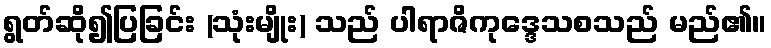
ရွတ်ဆို၍ပြခြင်း (သုံးမျိုး) သည် ပါရာဇိကုဒ္ဒေသစသည် မည်၏။